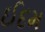
ઈદમ